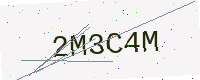
Text: 2M3C4M